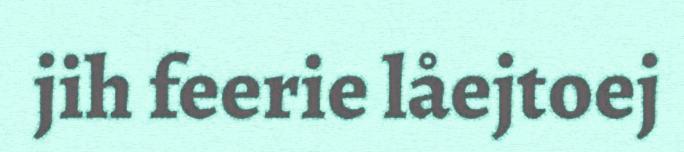
jih feerie låejtoej